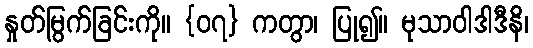
နှုတ်မြွက်ခြင်းကို။ {၀၇} ကတွာ၊ ပြု၍။ မုသာဝါဒါဒီနိ၊